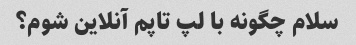
سلام چگونه با لپ تاپم آنلاین شوم؟